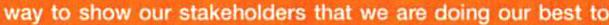
way to show our stakeholders that we are doing our best to